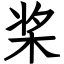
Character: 桨